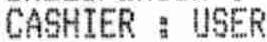
CASHIER : USER